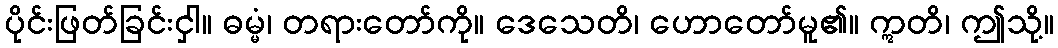
ပိုင်းဖြတ်ခြင်းငှါ။ ဓမ္မံ၊ တရားတော်ကို။ ဒေသေတိ၊ ဟောတော်မူ၏။ ဣတိ၊ ဤသို့။